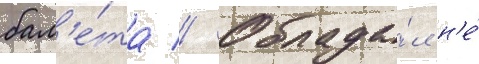
бал'е́та // Облада́л н'е́